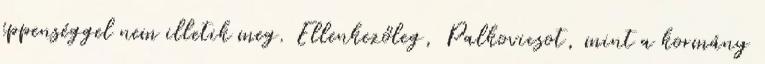
éppenséggel nem illetik meg. Ellenkezőleg, Palkovicsot, mint a kormány